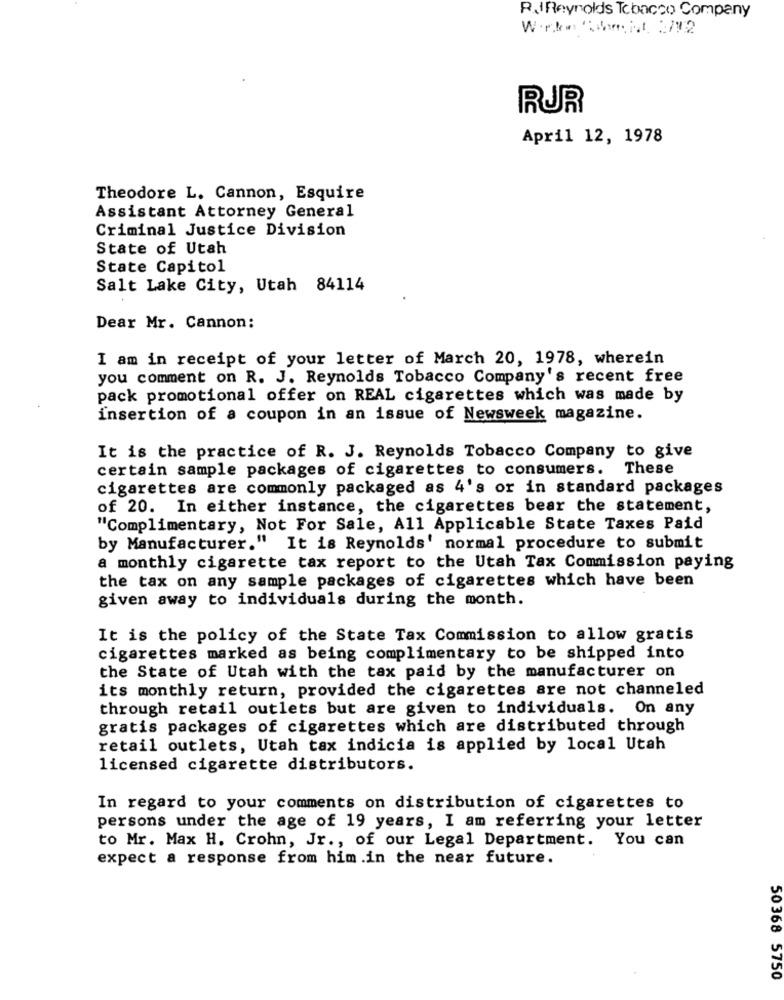
R.JReynolds Tobacco Company
RUR
April 12, 1978
Theodore L. Cannon, Esquire
Assistant Attorney General
Criminal Justice Division
State of Utah
State Capitol
Salt Lake City, Utah 84114
Dear Mr. Cannon:
I am in receipt of your letter of March 20, 1978, wherein
you comment on R. J. Reynolds Tobacco Company's recent free
pack promotional offer on REAL cigarettes which was made by
insertion of a coupon in an issue of Newsweek magazine.
It is the practice of R. J. Reynolds Tobacco Company to give
certain sample packages of cigarettes to consumers. These
cigarettes are commonly packaged as 4's or in standard packages
of 20. In either instance, the cigarettes bear the statement,
"Complimentary, Not For Sale, All Applicable State Taxes Paid
by Manufacturer." It is Reynolds' normal procedure to submit
a monthly cigarette tax report to the Utah Tax Commission paying
the tax on any sample packages of cigarettes which have been
given away to individuals during the month.
It is the policy of the State Tax Commission to allow gratis
cigarettes marked as being complimentary to be shipped into
the State of Utah with the tax paid by the manufacturer on
its monthly return, provided the cigarettes are not channeled
through retail outlets but are given to individuals. On any
gratis packages of cigarettes which are distributed through
retail outlets, Utah tax indicia is applied by local Utah
licensed cigarette distributors.
In regard to your comments on distribution of cigarettes to
persons under the age of 19 years, I am referring your letter
to Mr. Max H. Crohn, Jr ., of our Legal Department. You can
expect a response from him .in the near future.
50368 5750